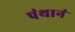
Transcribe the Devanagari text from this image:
पंथानं